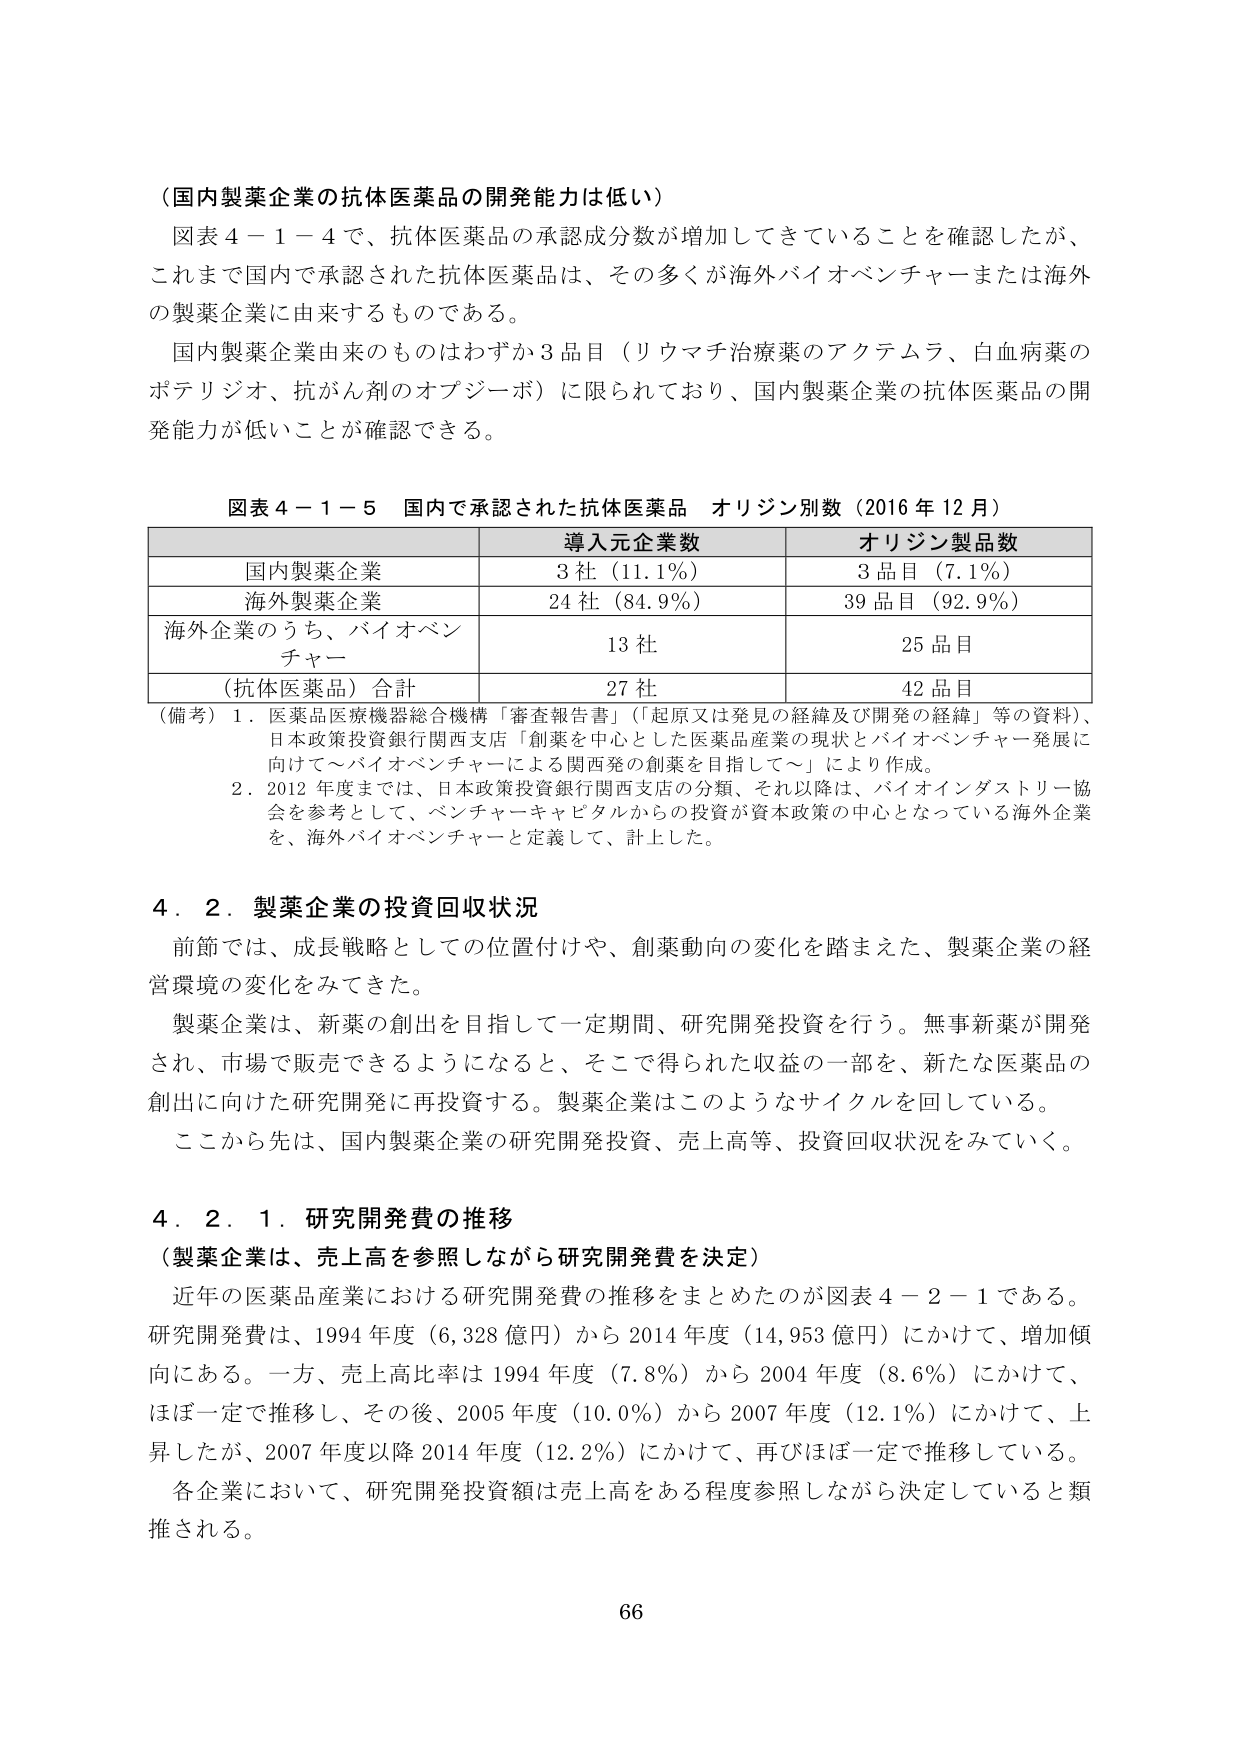
（国内製薬企業の抗体医薬品の開発能力は低い）

図表４－１－４で、抗体医薬品の承認成分数が増加してきていることを確認したが、
これまで国内で承認された抗体医薬品は、その多くが海外バイオベンチャーまたは海外
の製薬企業に由来するものである。

国内製薬企業由来のものはわずか３品目（リウマチ治療薬のアクテムラ、白血病薬の
ポテリジオ、抗がん剤のオブジーボ）に限られており、国内製薬企業の抗体医薬品の開
発能力が低いことが確認できる。

図表４－１－５ 国内で承認された抗体医薬品 オリジン別数（2016年12月）

| | 導入元企業数 | オリジン製品数 |
|---|---|---|
| 国内製薬企業 | 3社（11.1％） | 3品目（7.1％） |
| 海外製薬企業 | 24社（84.9％） | 39品目（92.9％） |
| 海外企業のうち、バイオベンチャー | 13社 | 25品目 |
| （抗体医薬品）合計 | 27社 | 42品目 |

（備考）１．医薬品医療機器総合機構「審査報告書」（「起原又は発見の経緯及び開発の経緯」等の資料）、
日本政策投資銀行関西支店「創薬を中心とした医薬品産業の現状とバイオベンチャー発展に
向けて～バイオベンチャーによる関西発の創薬を目指して～」により作成。

２．2012年度までは、日本政策投資銀行関西支店の分類、それ以降は、バイオインダストリー協
会を参考として、ベンチャーキャピタルからの投資が資本政策の中心となっている海外企業
を、海外バイオベンチャーと定義して、計上した。

４．２．製薬企業の投資回収状況

前節では、成長戦略としての位置付けや、創薬動向の変化を踏まえた、製薬企業の経
営環境の変化をみてきた。

製薬企業は、新薬の創出を目指して一定期間、研究開発投資を行う。無事新薬が開発
され、市場で販売できるようになると、そこで得られた収益の一部を、新たな医薬品の
創出に向けた研究開発に再投資する。製薬企業はこのようなサイクルを回している。

ここから先は、国内製薬企業の研究開発投資、売上高等、投資回収状況をみていく。

４．２．１．研究開発費の推移
（製薬企業は、売上高を参照しながら研究開発費を決定）

近年の医薬品産業における研究開発費の推移をまとめたのが図表４－２－１である。
研究開発費は、1994年度（6,328億円）から2014年度（14,953億円）にかけて、増加傾
向にある。一方、売上高比率は1994年度（7.8％）から2004年度（8.6％）にかけて、
ほぼ一定で推移し、その後、2005年度（10.0％）から2007年度（12.1％）にかけて、上
昇したが、2007年度以降2014年度（12.2％）にかけて、再びほぼ一定で推移している。

各企業において、研究開発投資額は売上高をある程度参照しながら決定していると類
推される。

66